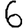
Digit: 6